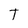
Character: t